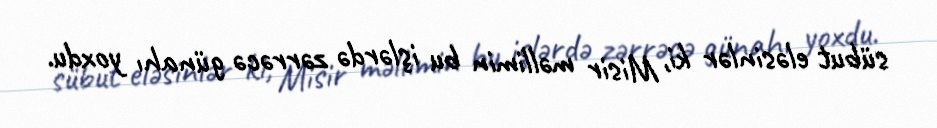
sübut eləsinlər ki, Misir məllimin bu işlərdə zərrəcə günahı yoxdu.